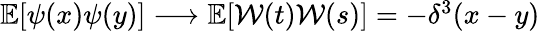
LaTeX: \begin{array}{r}{{\mathbb{E}}[\psi(x)\psi(y)]\longrightarrow{\mathbb{E}}[\mathcal{W}(t)\mathcal{W}(s)]=-\delta^{3}(x-y)}\end{array}